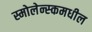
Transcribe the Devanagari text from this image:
स्मोलेन्स्कमधील